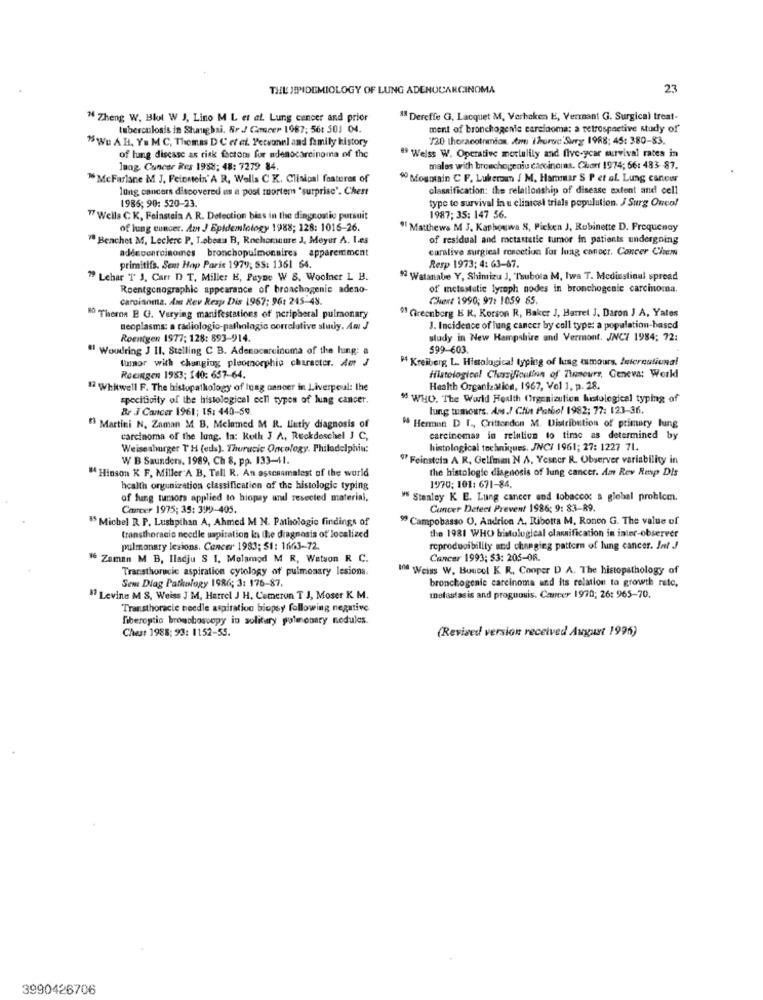
THE JEPIDEMIOLOGY OF LUNG ADENOCARCINOMA
23
" Zheng W. Blot W J, Lino M L et af. Lung cancer and prior
18 Dereffe G, Lacquet M, Verhaken E, Vermant G. Surgical treat-
tuberculosis in Shanghai. Br / Cancer 1987; 56: 501 04.
ment of bronchogenie carcinoma: a retrospective study of
75 Wu A HI, Ya M C, Thomas D C et al. Personel and family history
720 thoracotrinion ar Thursc Surg 1988: 45: 380-83.
of luang discase as risk factors for adenocarcinoma of the
19 Welss W. Operative morlulily and five-year survival rates in
lung Cancer Res 1988: 48: 7279 84.
males with bronchogeniu carcinoma. Chart 1974; 66: 483- 87.
" McFarlane M J. Feinstein'A R, Wells C K. Clinical features of
" Mountain C F. Lukerow / M. Hammar S P et al. Lung cantowr
lung cancers discovered es a post mortem "surprise". Chest
classification: the relationship of disease extent and cell
1985; 90: 520-23.
type to survival in u clinical trials population. J Surg Ouco!
17 Wells CK, Feinstein A. R. Detection bias in the diagnostic pursuit
1987; 35: 147 56.
of lung cunder. Am J Epidemiology 1988; 128: 1016-26.
"Matthews M J. Kaphouwa 8, Picken J, Rubinette D. Frequency
"Benchet M. Leclerc P. Lebeau B, Rochemaure J. Meyer A. Les
of residual and metastelle tumor in patients undergoing
curative surgical renoction for lung canoct. Concer Chem
adénconroinomes bronchopulmonaires apparemment
primitifs. Sent Hap Paris 1979; SS: 1361 64.
Resp 1973; 4: 63-47.
"9 Lehar 'T J. Carr D T. Miller E, Payne W S. Woolner L B.
" Watanabe Y, Shimizu J, Tubola M, Iwa T. Mediastinal spread
Roentgenographic appearance of bronchogenie adeno-
of metastatic lyzoph nodes in bronchogenie carcinoma.
carcinoma. Ant Rev Resp Dis 1967; 96: 245-43.
Chert 1990; 97: 1059 65.
Ro Therna B G. Varying manifestations of peripheral pulmonary
" Greenberg E R. Korson R, Baker J, Harrel J. Daron J A, Yates
neoplasms: a radiologic-pathologic correlative study. Am J
J. Incidence of lung cancer by coll type: a population-based
Roentgen 1977: 128: 893-914.
study in New Hampshire and Vermont. JNC7 1984: 72:
" Woudring J II. Stelling C B. Adenocarcinoma of the lung: a
599-603.
tumor with changing pleomorphic character. Am J
M4 Kreiberg L. Histological typing of lung tumours, International
Rooingen 1983: 140: 657-64.
Histological Chesifontion of 7hours, Geneva: World
17 Whitwell F. The histopathology of Inag cancer in Liverpoul: the
Health Organization, 1967, Vol 1, p. 28.
specificity of the histological och types of lung cancer.
" WHO. The World Health Organizution histological typing of
Br J Cancer 1961; 15: 440-59.
lung tumours. Ans./ Chin Pathol 1982; 77: 123-36.
" Martini N. Zaman M B, Melamed M R. Lutly diagnosis of
" Hermun D T ., Crittendon M. Distribution of primary lung
carcinoma of the lung. In: Roth J A, Reckdeschel J C,
carcinomas in relation to time as determined by
Weiseahurger TH (eds). Thurucie Oncology. Philadelphia:
histological techniques. JNCI 1961; 27: 1227 71.
W B Saunders. 1989, Ch 8, pp. 133-41.
97 Feinstein A R. Gelfman N A. Yesecr R. Observer variability in
" Hinson K F. Miller'A B, Tall R. An asscaamalest of the world
the histologie diagnosis of lung cancer. Am Rev Resp Dis
health orgunization classification of the histologic typing
1970: 101: 671-84.
of fung tumors applied to biopay and resected material.
Stanley K E. Lung cancer and tobacco: s global problem.
Cancer 1975; 35: 399-405.
Cancer Detect Prevent 1986; 9: 83-R9.
"5 Michel R P. Lushpihan A, Ahmed M N. Pathologie findings of
" Campobasso U, Andrion A. Ribotta M. Ronco G. The value of
fransthoracic needle uspiration in the diagnosis of'localized
the 1981 WHO bistulogical classification in inter-observer
pulmonary lesions. Cancer 1983: 51: 1663-72.
reproducibility and changing pattern of lung cancer. Int J
36 Zaman M B, Iladju S I, Molamod M R, Watson R C.
Cancer 1993; $3: 205-06.
Transthoracic aspiration cytology of pulmonary lesions.
In0 Weiss W. Boncol K. R. Cooper D A. The histopathology of
Sem Dlag Pathology 1986; 3: 176-87.
bronchogenie carcinoma and its relation to growth rate,
" Levine M 8, Weiss J M, Herrel J H. Cameron T J, Moser K. M.
metastasis and prognosis. Cancer 1970; 26: 965-70.
Transthoracic needle aspiration biopsy following negative
fiberoptic bronchoscopy in solitary pulmonary nodules.
(Revised version received August 1995)
Chest 1988: 93: 1152-55.
3990426706